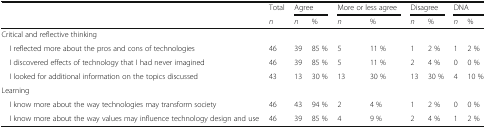
<table><thead><tr><td rowspan="2"></td><td><b>Total</b></td><td colspan="2"><b>Agree</b></td><td colspan="2"><b>More or less agree</b></td><td colspan="2"><b>Disagree</b></td><td colspan="2"><b>DNA</b></td></tr><tr><td><b><i>n</i></b></td><td><b><i>n</i></b></td><td><b>%</b></td><td><b><i>n</i></b></td><td><b>%</b></td><td><b><i>n</i></b></td><td><b>%</b></td><td><b><i>n</i></b></td><td><b>%</b></td></tr></thead><tbody><tr><td colspan="10">Critical and reflective thinking</td></tr><tr><td> I reflected more about the pros and cons of technologies</td><td>46</td><td>39</td><td>85 %</td><td>5</td><td>11 %</td><td>1</td><td>2 %</td><td>1</td><td>2 %</td></tr><tr><td> I discovered effects of technology that I had never imagined</td><td>46</td><td>39</td><td>85 %</td><td>5</td><td>11 %</td><td>2</td><td>4 %</td><td>0</td><td>0 %</td></tr><tr><td> I looked for additional information on the topics discussed</td><td>43</td><td>13</td><td>30 %</td><td>13</td><td>30 %</td><td>13</td><td>30 %</td><td>4</td><td>10 %</td></tr><tr><td colspan="10">Learning</td></tr><tr><td> I know more about the way technologies may transform society</td><td>46</td><td>43</td><td>94 %</td><td>2</td><td>4 %</td><td>1</td><td>2 %</td><td>0</td><td>0 %</td></tr><tr><td> I know more about the way values may influence technology design and use</td><td>46</td><td>39</td><td>85 %</td><td>4</td><td>9 %</td><td>2</td><td>4 %</td><td>1</td><td>2 %</td></tr></tbody></table>